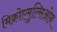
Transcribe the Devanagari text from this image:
मिक्रोएमुल्सिओन